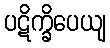
ပဋိက္ခိပေယျ